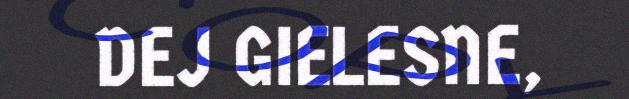
DEJ GIELESNE,